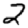
Digit: 2